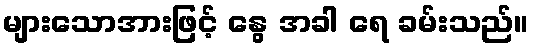
များသောအားဖြင့် နွေ အခါ ရေ ခမ်းသည်။